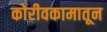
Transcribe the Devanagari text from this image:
कोरीवकामातून